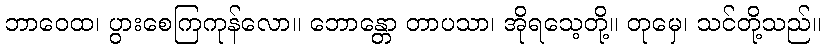
ဘာဝေထ၊ ပွားစေကြကုန်လော။ ဘောန္တော တာပသာ၊ အိုရသေ့တို့။ တုမှေ၊ သင်တို့သည်။